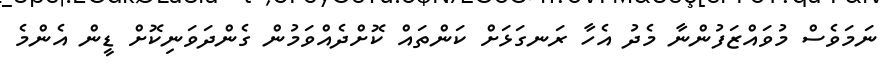
ނަމަވެސް މުވައްޒަފުންނާ މެދު އެހާ ރަނގަޅަށް ކަންތައް ކޮށްދެއްވަމުން ގެންދަވަނިކޮށް ޑީން އެންމެ